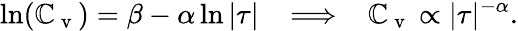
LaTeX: \ln(\mathbb{C}_{\mathrm{{~v~}}})=\beta-\alpha\ln\vert\tau\vert\; \; \implies\; \; \mathbb{C}_{\mathrm{{~v~}}}\propto\vert\tau\vert^{-\alpha}.